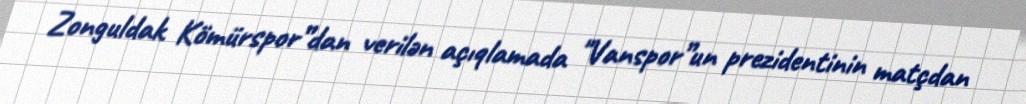
Zonguldak Kömürspor”dan verilən açıqlamada "Vanspor”un prezidentinin matçdan